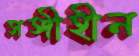
সঙ্গীহীন